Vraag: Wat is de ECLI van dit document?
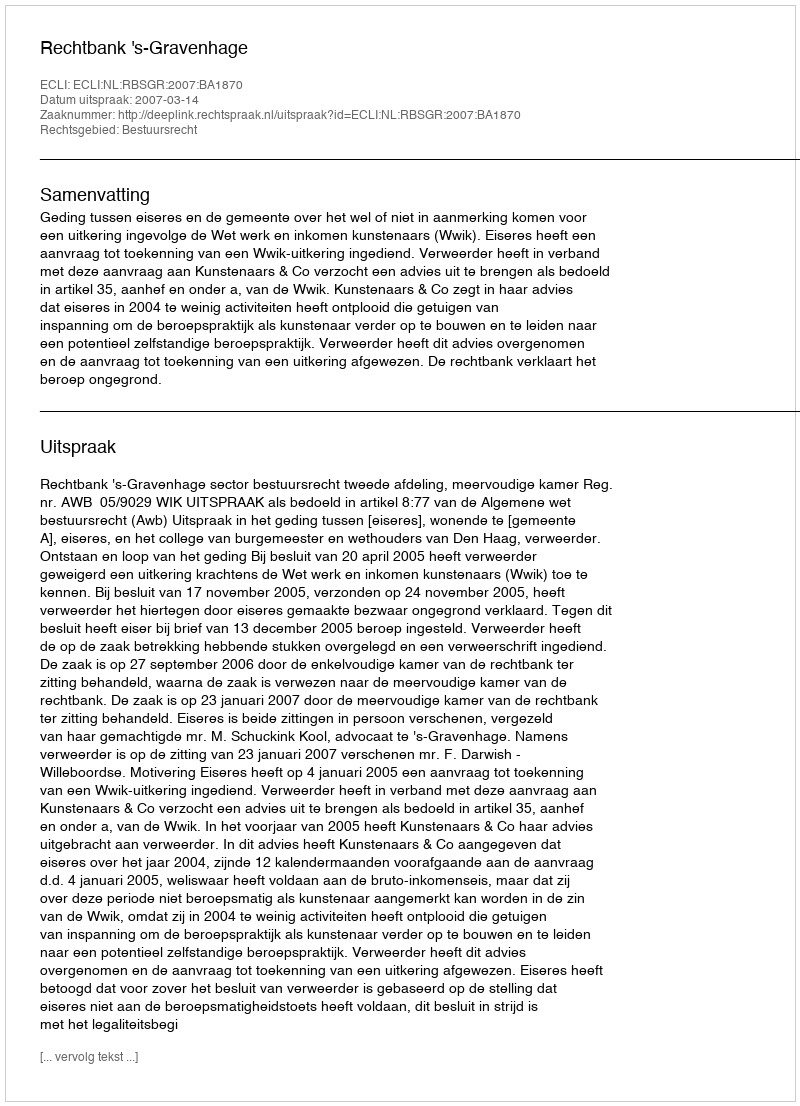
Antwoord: ECLI:NL:RBSGR:2007:BA1870